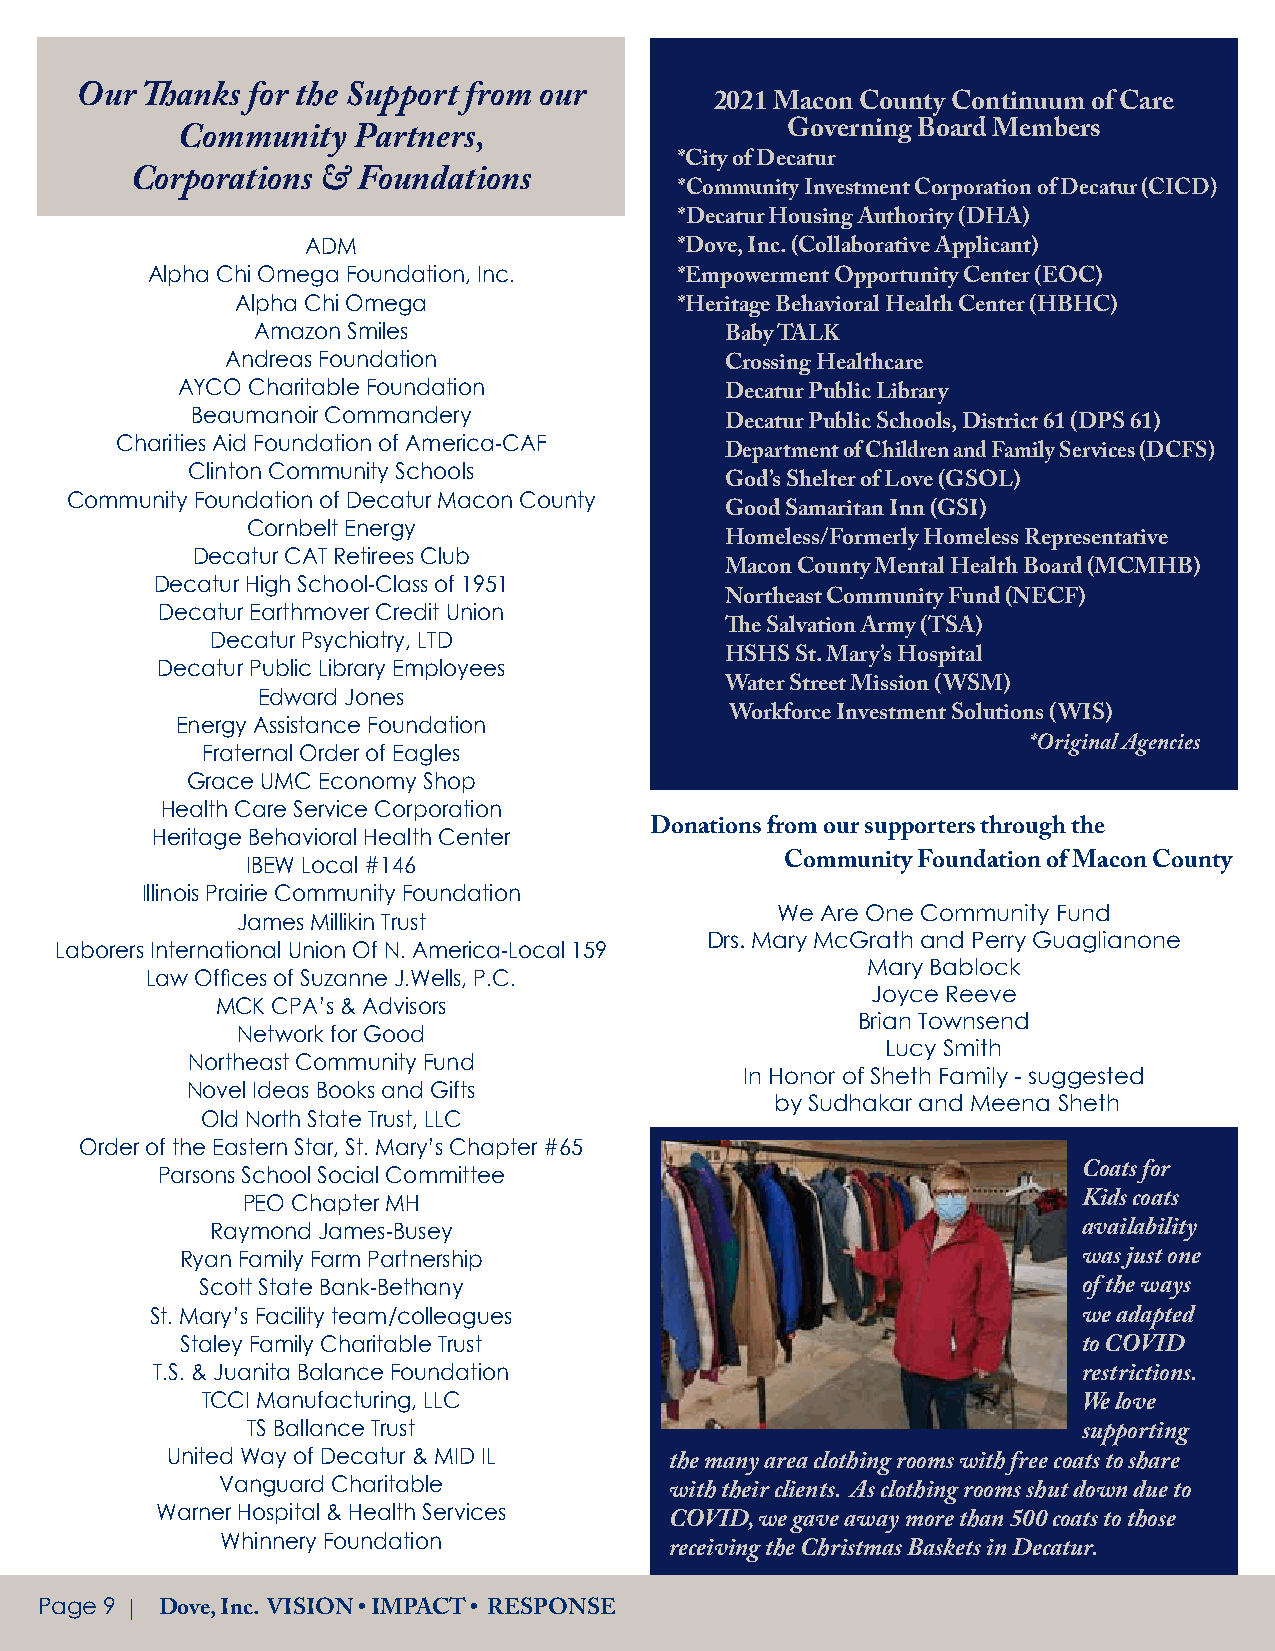
Our Thanks for the Support from our       2021 Macon County Continuum of Care
 Governing Board Members
 Community  Partners,
 *City of Decatur
 Corporations & Foundations
 *Community Investment Corporation of Decatur (CICD)
 *Decatur Housing Authority (DHA)
 ADM
 *Dove, Inc. (Collaborative Applicant)
 Alpha Chi Omega Foundation, Inc.
 *Empowerment Opportunity Center (EOC)
 Alpha Chi Omega
 *Heritage Behavioral Health Center (HBHC)
 Amazon Smiles
 Baby TALK
 Andreas Foundation
 Crossing Healthcare
 AYCO Charitable Foundation
 Decatur Public Library
 Beaumanoir Commandery
 Decatur Public Schools, District 61 (DPS 61)
 Charities Aid Foundation of America-CAF
 Department of Children and Family Services (DCFS)
 Clinton Community Schools
 God’s Shelter of Love (GSOL)
 Community Foundation of Decatur Macon County
 Good Samaritan Inn (GSI)
 Cornbelt Energy
 Homeless/Formerly Homeless Representative
 Decatur CAT Retirees Club
 Macon County Mental Health Board (MCMHB)
 Decatur High School-Class of 1951
 Northeast Community Fund (NECF)
 Decatur Earthmover Credit Union
 The Salvation Army (TSA)
 Decatur Psychiatry, LTD
 HSHS St. Mary’s Hospital
 Decatur Public Library Employees
 Edward Jones                   Water Street Mission (WSM)
 Energy Assistance Foundation        Workforce Investment Solutions (WIS)
 Fraternal Order of Eagles                              *Original Agencies
 Grace UMC Economy Shop
 Health Care Service Corporation
 Heritage Behavioral Health Center Donations from our supporters through the
 IBEW Local #146                     Community Foundation of Macon County
 Illinois Prairie Community Foundation
 We Are One Community Fund
 James Millikin Trust
 Drs. Mary McGrath and Perry Guaglianone
 Laborers International Union Of N. America-Local 159
 Mary Bablock
 Law Offices of Suzanne J.Wells, P.C.
 Joyce Reeve
 MCK CPA’s & Advisors
 Brian Townsend
 Network for Good
 Lucy Smith
 Northeast Community Fund
 In Honor of Sheth Family - suggested
 Novel Ideas Books and Gifts
 by Sudhakar and Meena Sheth
 Old North State Trust, LLC
 Order of the Eastern Star, St. Mary’s Chapter #65
 Parsons School Social Committee                               Coats for
 PEO Chapter MH                                          Kids coats
 Raymond James-Busey                                       availability
 Ryan Family Farm Partnership                                was just one
 Scott State Bank-Bethany                                   of the ways
 St. Mary’s Facility team/colleagues
 we adapted
 Staley Family Charitable Trust
 to COVID
 T.S. & Juanita Balance Foundation
 restrictions.
 TCCI Manufacturing, LLC
 We love
 TS Ballance Trust
 supporting
 United Way of Decatur & MID IL
 the many area clothing rooms with free coats to share
 Vanguard Charitable
 with their clients. As clothing rooms shut down due to
 Warner Hospital & Health Services
 COVID, we gave away more than 500 coats to those
 Whinnery Foundation
 receiving the Christmas Baskets in Decatur.
 Page 9 |
 Dove, Inc. VISION • IMPACT • RESPONSE